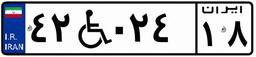
۵۸W۲۰۴۴۲